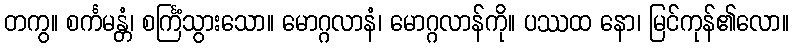
တကွ။ စင်္ကမန္တံ၊ စင်္ကြံသွားသော။ မောဂ္ဂလာနံ၊ မောဂ္ဂလာန်ကို။ ပဿထ နော၊ မြင်ကုန်၏လော။